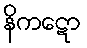
နိကဋော